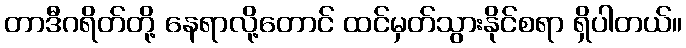
တာဒီဂရိတ်တို့ နေရာလို့တောင် ထင်မှတ်သွားနိုင်စရာ ရှိပါတယ်။